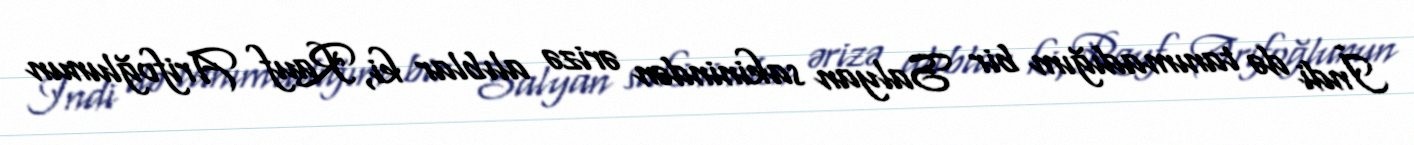
İndi də tanımadığım bir Salyan sakinindən ərizə alıblar ki, Rauf Arifoğlunun